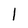
Character: I